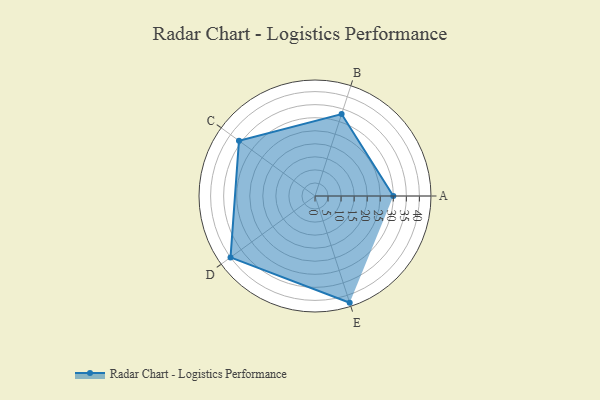
{"axis": {"x": "Skill", "y": "Score"}, "legend": ["Profile"], "data": [{"x": "A", "y": 30.0, "type": "Profile"}, {"x": "B", "y": 33.0, "type": "Profile"}, {"x": "C", "y": 36.0, "type": "Profile"}, {"x": "D", "y": 40.0, "type": "Profile"}, {"x": "E", "y": 43.0, "type": "Profile"}]}